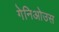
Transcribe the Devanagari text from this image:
गेनिओउस